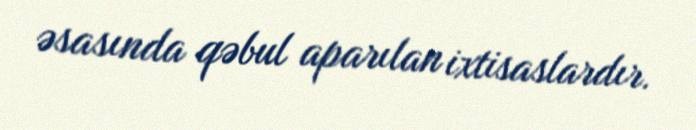
əsasında qəbul aparılan ixtisaslardır.